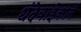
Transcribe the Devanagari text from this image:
धंदेवाईकानें